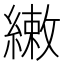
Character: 𬗳